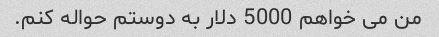
من می خواهم 5000 دلار به دوستم حواله کنم.